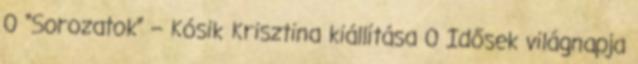
0 “Sorozatok” – Kósik Krisztina kiállítása 0 Idősek világnapja